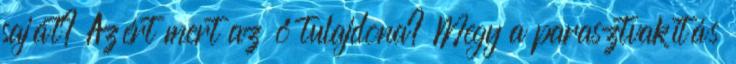
saját? Azért mert az ő tulajdona? Megy a parasztvakítás